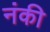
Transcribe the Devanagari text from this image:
नंकी